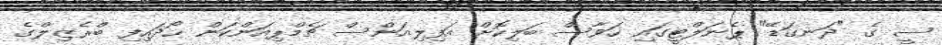
ސީ ގެ "ދަނގަޑޭ" ޕެނަލްޓީގައި ހަވާސް ބަލިކޮށް އަފިލިއަންސް ޗެމްޕިއަންކަން ހޯދައިފި ބްރެޒިލްގެ